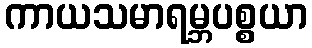
ကာယသမာရမ္ဘပစ္စယာ